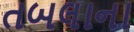
તબલાના